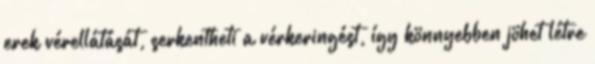
erek vérellátását, serkentheti a vérkeringést, így könnyebben jöhet létre